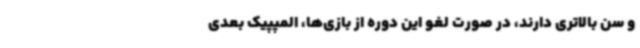
و سن بالاتری دارند، در صورت لغو این دوره از بازی‌ها، المپپیک بعدی